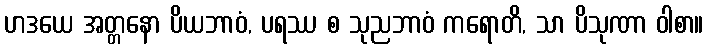
ဟဒယေ အတ္တနော ပိယဘာဝံ, ပရဿ စ သုညဘာဝံ ကရောတိ, သာ ပိသုဏာ ဝါစာ။